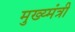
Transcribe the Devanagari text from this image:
मुख्य्मंत्री